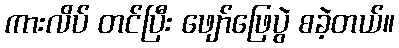
ကားလိပ် တင်ပြီး ဖျော်ဖြေပွဲ စခဲ့တယ်။